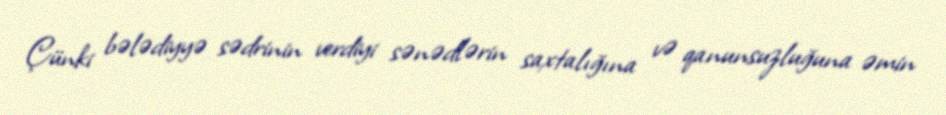
Çünki bələdiyyə sədrinin verdiyi sənədlərin saxtalığına və qanunsuzluğuna əmin